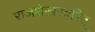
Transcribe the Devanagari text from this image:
राजशेखरचरित्